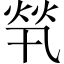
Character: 㷀